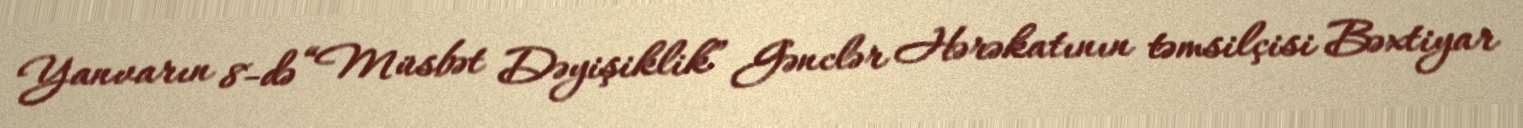
Yanvarın 8-də “Müsbət Dəyişiklik” Gənclər Hərəkatının təmsilçisi Bəxtiyar